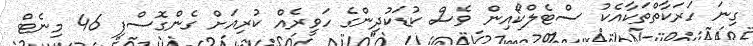
ގިނަ ހަރަކާތްތަކާއެކު ސްޓެލްކޯއިން ވެސް ކުޑަކުދިންގެ ހަވީރެއް ކުރިއަށް ގެންގޮސްފި 46 މިނެޓް